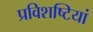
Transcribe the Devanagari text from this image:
प्रविशष्टियां